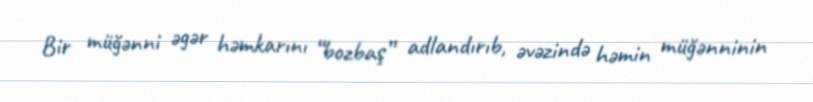
Bir müğənni əgər həmkarını “bozbaş” adlandırıb, əvəzində həmin müğənninin